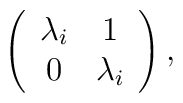
\left(            \begin{array}{cc}                \lambda_i & 1 \\                0 & \lambda_i            \end{array}        \right),